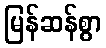
မြန်ဆန်စွာ